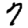
Digit: 7